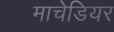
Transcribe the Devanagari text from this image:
माचेडियर